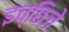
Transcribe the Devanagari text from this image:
इच्छिजे